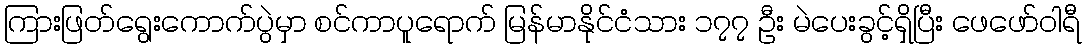
ကြားဖြတ်ရွေးကောက်ပွဲမှာ စင်ကာပူရောက် မြန်မာနိုင်ငံသား ၁၇၇ ဦး မဲပေးခွင့်ရှိပြီး ဖေဖော်ဝါရီ